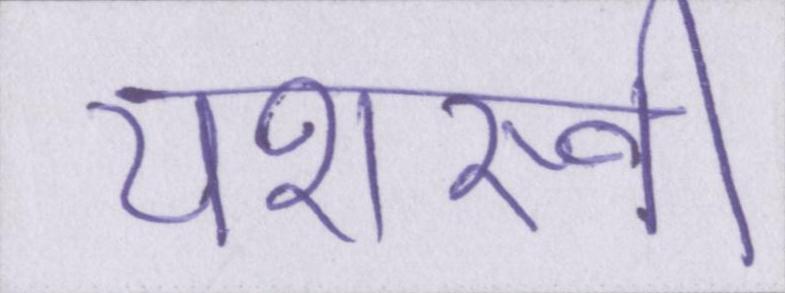
यशस्वी